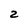
Character: 2